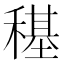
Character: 𮃤